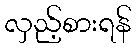
လှည့်စားရန်